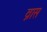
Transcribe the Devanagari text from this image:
व्रास